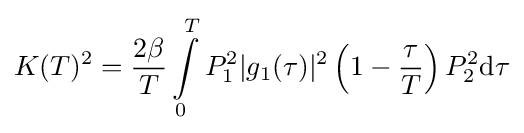
K(T)^{2}={\frac {2\beta }{T}}\int \limits _{0}^{T}P_{1}^{2}|g_{1}(\tau )|^{2}\left(1-{\frac {\tau }{T}}\right)P_{2}^{2}\mathrm {d} \tau